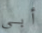
أبي